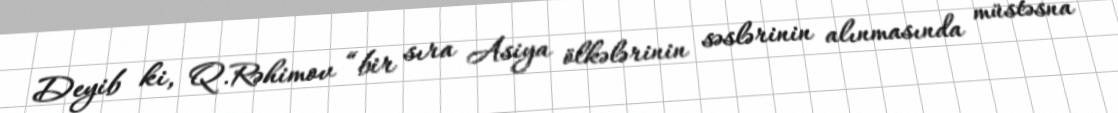
Deyib ki, Q.Rəhimov “bir sıra Asiya ölkələrinin səslərinin alınmasında müstəsna